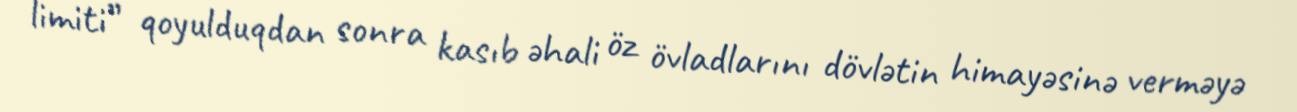
limiti” qoyulduqdan sonra kasıb əhali öz övladlarını dövlətin himayəsinə verməyə